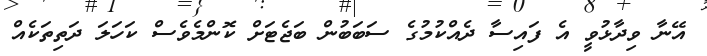
އޭނާ ވިދާޅުވީ އެ ފައިސާ ދެއްކުމުގެ ސަބަބުން ބަޖެޓަށް ކޮންމެވެސް ކަހަލަ ދަތިތަކެއް